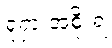
ရုရှားအစိုးရ